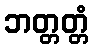
ဘတ္တတ္တံ